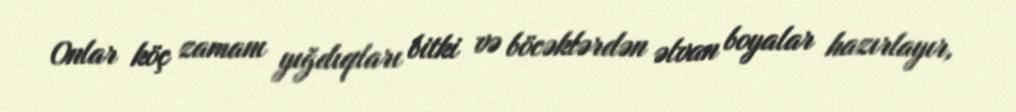
Onlar köç zamanı yığdıqları bitki və böcəklərdən əlvan boyalar hazırlayır,